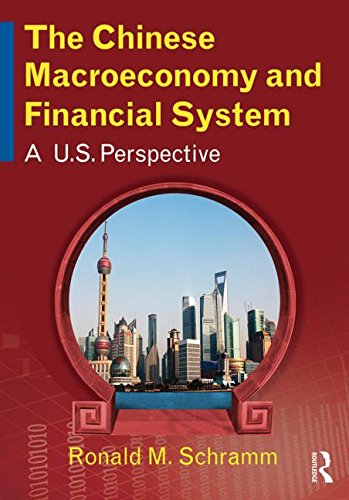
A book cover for The Chinese Macroeconomy and Financial System: A U.S. Perspective; Ronald M. Schramm; Business & Money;